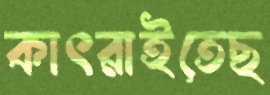
কাৎরাইতেছ